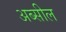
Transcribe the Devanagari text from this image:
अब्सील